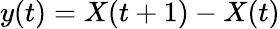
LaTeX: y(t)=X(t+1)-X(t)